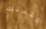
خدمتك